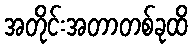
အတိုင်းအတာတစ်ခုထိ